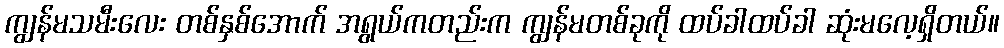
ကျွန်မသမီးလေး တစ်နှစ်အောက် အရွယ်ကတည်းက ကျွန်မတစ်ခုကို ထပ်ခါထပ်ခါ ဆုံးမလေ့ရှိတယ်။